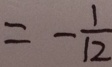
= - \frac { 1 } { 1 2 }